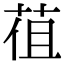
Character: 𦯣